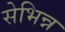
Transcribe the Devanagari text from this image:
सेभिन्न